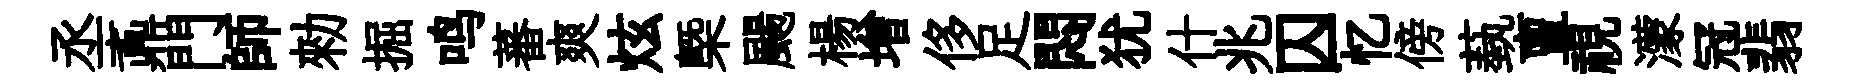
丞鼒門師勑掘鸣蕃爽炫槩颺楊增侈足悶犹什兆囚忆傍蓺亶視濛冠翡